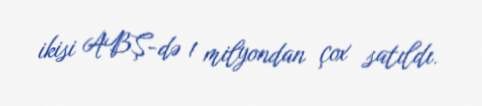
ikisi ABŞ-də 1 milyondan çox satıldı.